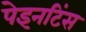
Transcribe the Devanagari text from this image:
पेइनटिंस